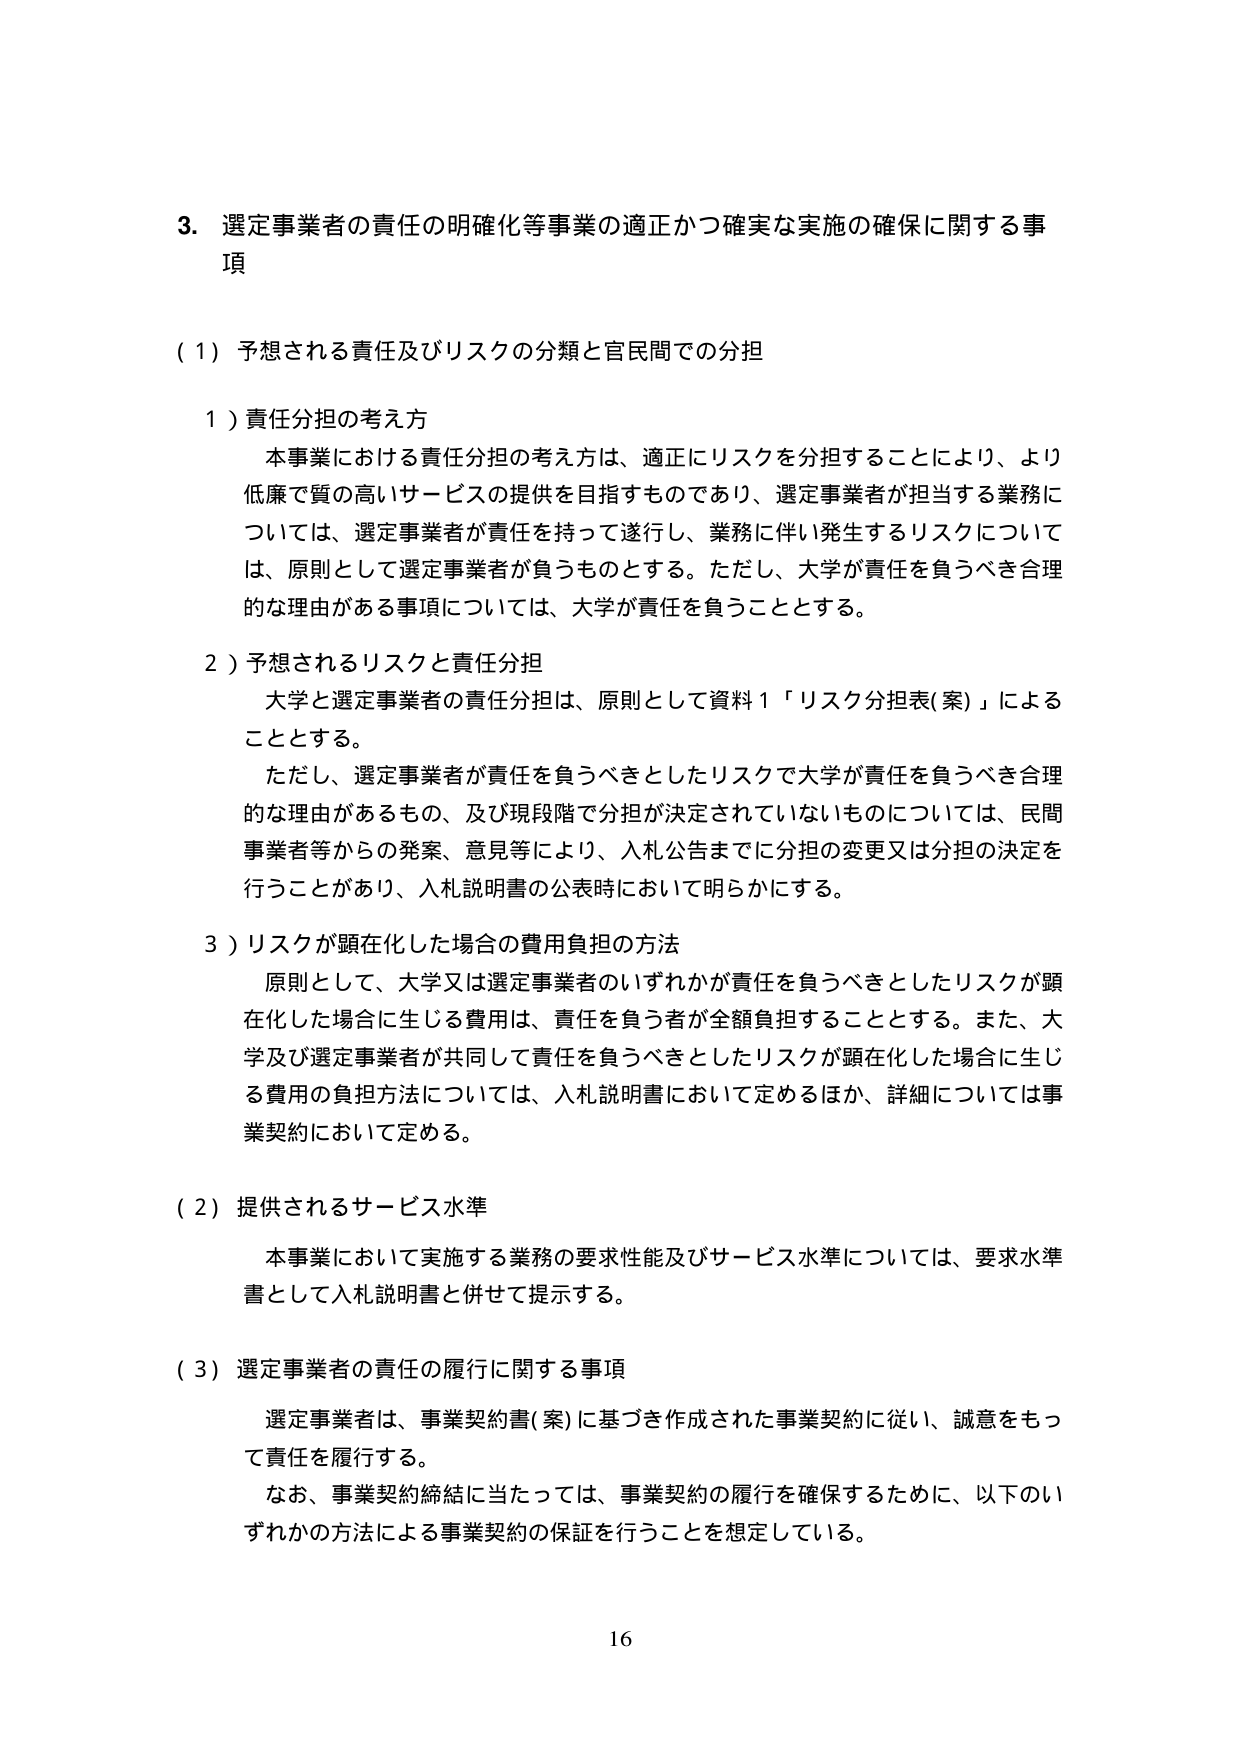
3. 選定事業者の責任の明確化等事業の適正かつ確実な実施の確保に関する事項

(1) 予想される責任及びリスクの分類と官民間での分担

1) 責任分担の考え方
本事業における責任分担の考え方は、適正にリスクを分担することにより、より低廉で質の高いサービスの提供を目指すものであり、選定事業者が担当する業務については、選定事業者が責任を持って遂行し、業務に伴い発生するリスクについては、原則として選定事業者が負うものとする。ただし、大学が責任を負うべき合理的な理由がある事項については、大学が責任を負うこととする。

2) 予想されるリスクと責任分担
大学と選定事業者の責任分担は、原則として資料1「リスク分担表(案)」によることとする。
ただし、選定事業者が責任を負うべきとしたリスクで大学が責任を負うべき合理的な理由があるもの、及び現段階で分担が決定されていないものについては、民間事業者等からの発案、意見等により、入札公告までに分担の変更又は分担の決定を行うことがあり、入札説明書の公表時において明らかにする。

3) リスクが顕在化した場合の費用負担の方法
原則として、大学又は選定事業者のいずれかが責任を負うべきとしたリスクが顕在化した場合に生じる費用は、責任を負う者が全額負担することとする。また、大学及び選定事業者が共同して責任を負うべきとしたリスクが顕在化した場合に生じる費用の負担方法については、入札説明書において定めるほか、詳細については事業契約において定める。

(2) 提供されるサービス水準
本事業において実施する業務の要求性能及びサービス水準については、要求水準書として入札説明書と併せて提示する。

(3) 選定事業者の責任の履行に関する事項
選定事業者は、事業契約書(案)に基づき作成された事業契約に従い、誠意をもって責任を履行する。
なお、事業契約締結に当たっては、事業契約の履行を確保するために、以下のいずれかの方法による事業契約の保証を行うことを想定している。

16